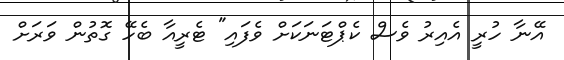
އޭނާ ހުރީ އެއިރު ވެސް ކެޕްޓަނަކަށް ވެފައި" ޓެރީއާ ބެހޭ ގޮތުން ވަރަށް